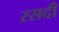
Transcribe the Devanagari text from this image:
रसदी